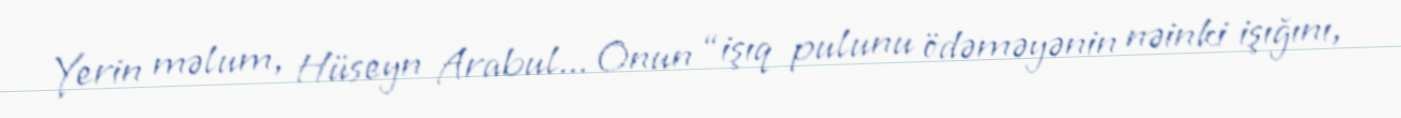
Yerin məlum, Hüseyn Arabul... Onun “işıq pulunu ödəməyənin nəinki işığını,